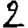
Digit: 2